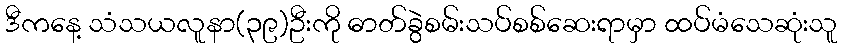
ဒီကနေ့ သံသယလူနာ(၃၉)ဦးကို ဓာတ်ခွဲစမ်းသပ်စစ်ဆေးရာမှာ ထပ်မံသေဆုံးသူ